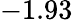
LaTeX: -1.93